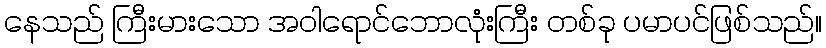
နေသည် ကြီးမားသော အဝါရောင်ဘောလုံးကြီး တစ်ခု ပမာပင်ဖြစ်သည်။